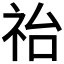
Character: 𥙉